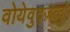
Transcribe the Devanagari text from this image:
वोयेवुद्ज़त्वो